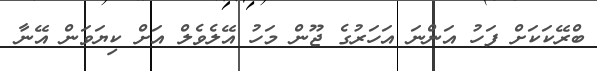
ބްރޭކަކަށް ފަހު އަންނަ އަހަރުގެ ޖޫން މަހު އޭލެވެލް އަށް ކިޔަވަން އޭނާ